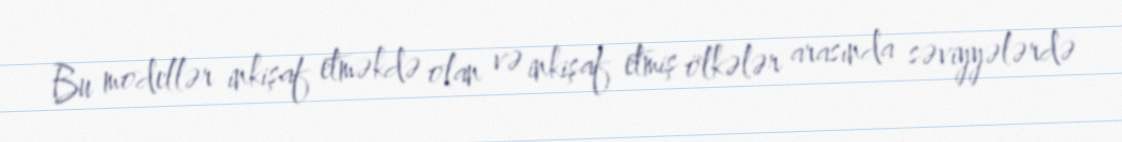
Bu modellər inkişaf etməkdə olan və inkişaf etmiş ölkələr arasında səviyyələrdə